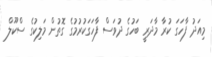
މިއަދު ފާހަގަ ކުރާ މާދަރީ ބަހުގެ ދުވަސް ފާހަގަކުރުމުގެ ގޮތުން މަލިކުގެ ސްކޫލް